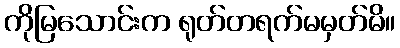
ကိုမြသောင်းက ရုတ်တရက်မမှတ်မိ။